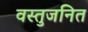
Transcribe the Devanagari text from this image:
वस्तुजनित